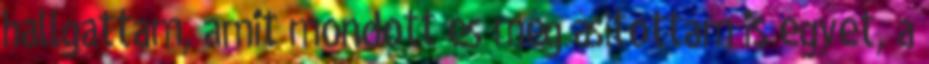
hallgattam, amit mondott és még ásítottam is egyet, a